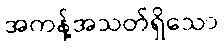
အကန့်အသတ်ရှိသော